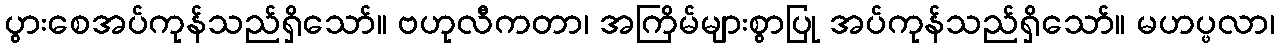
ပွားစေအပ်ကုန်သည်ရှိသော်။ ဗဟုလီကတာ၊ အကြိမ်များစွာပြု အပ်ကုန်သည်ရှိသော်။ မဟပ္ဖလာ၊